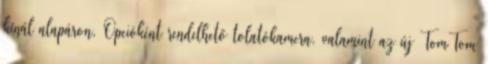
kínál alapáron. Opcióként rendelhető tolatókamera, valamint az új TomTom